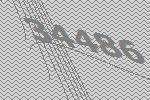
34486